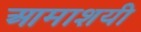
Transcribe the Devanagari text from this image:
आमाशयी